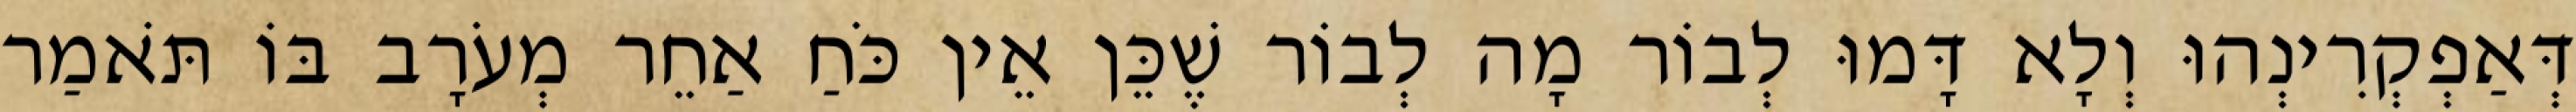
דְּאַפְקְרִינְהוּ וְלָא דָּמוּ לְבוֹר מָה לְבוֹר שֶׁכֵּן אֵין כֹּחַ אַחֵר מְעֹרָב בּוֹ תֹּאמַר